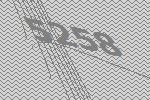
5258